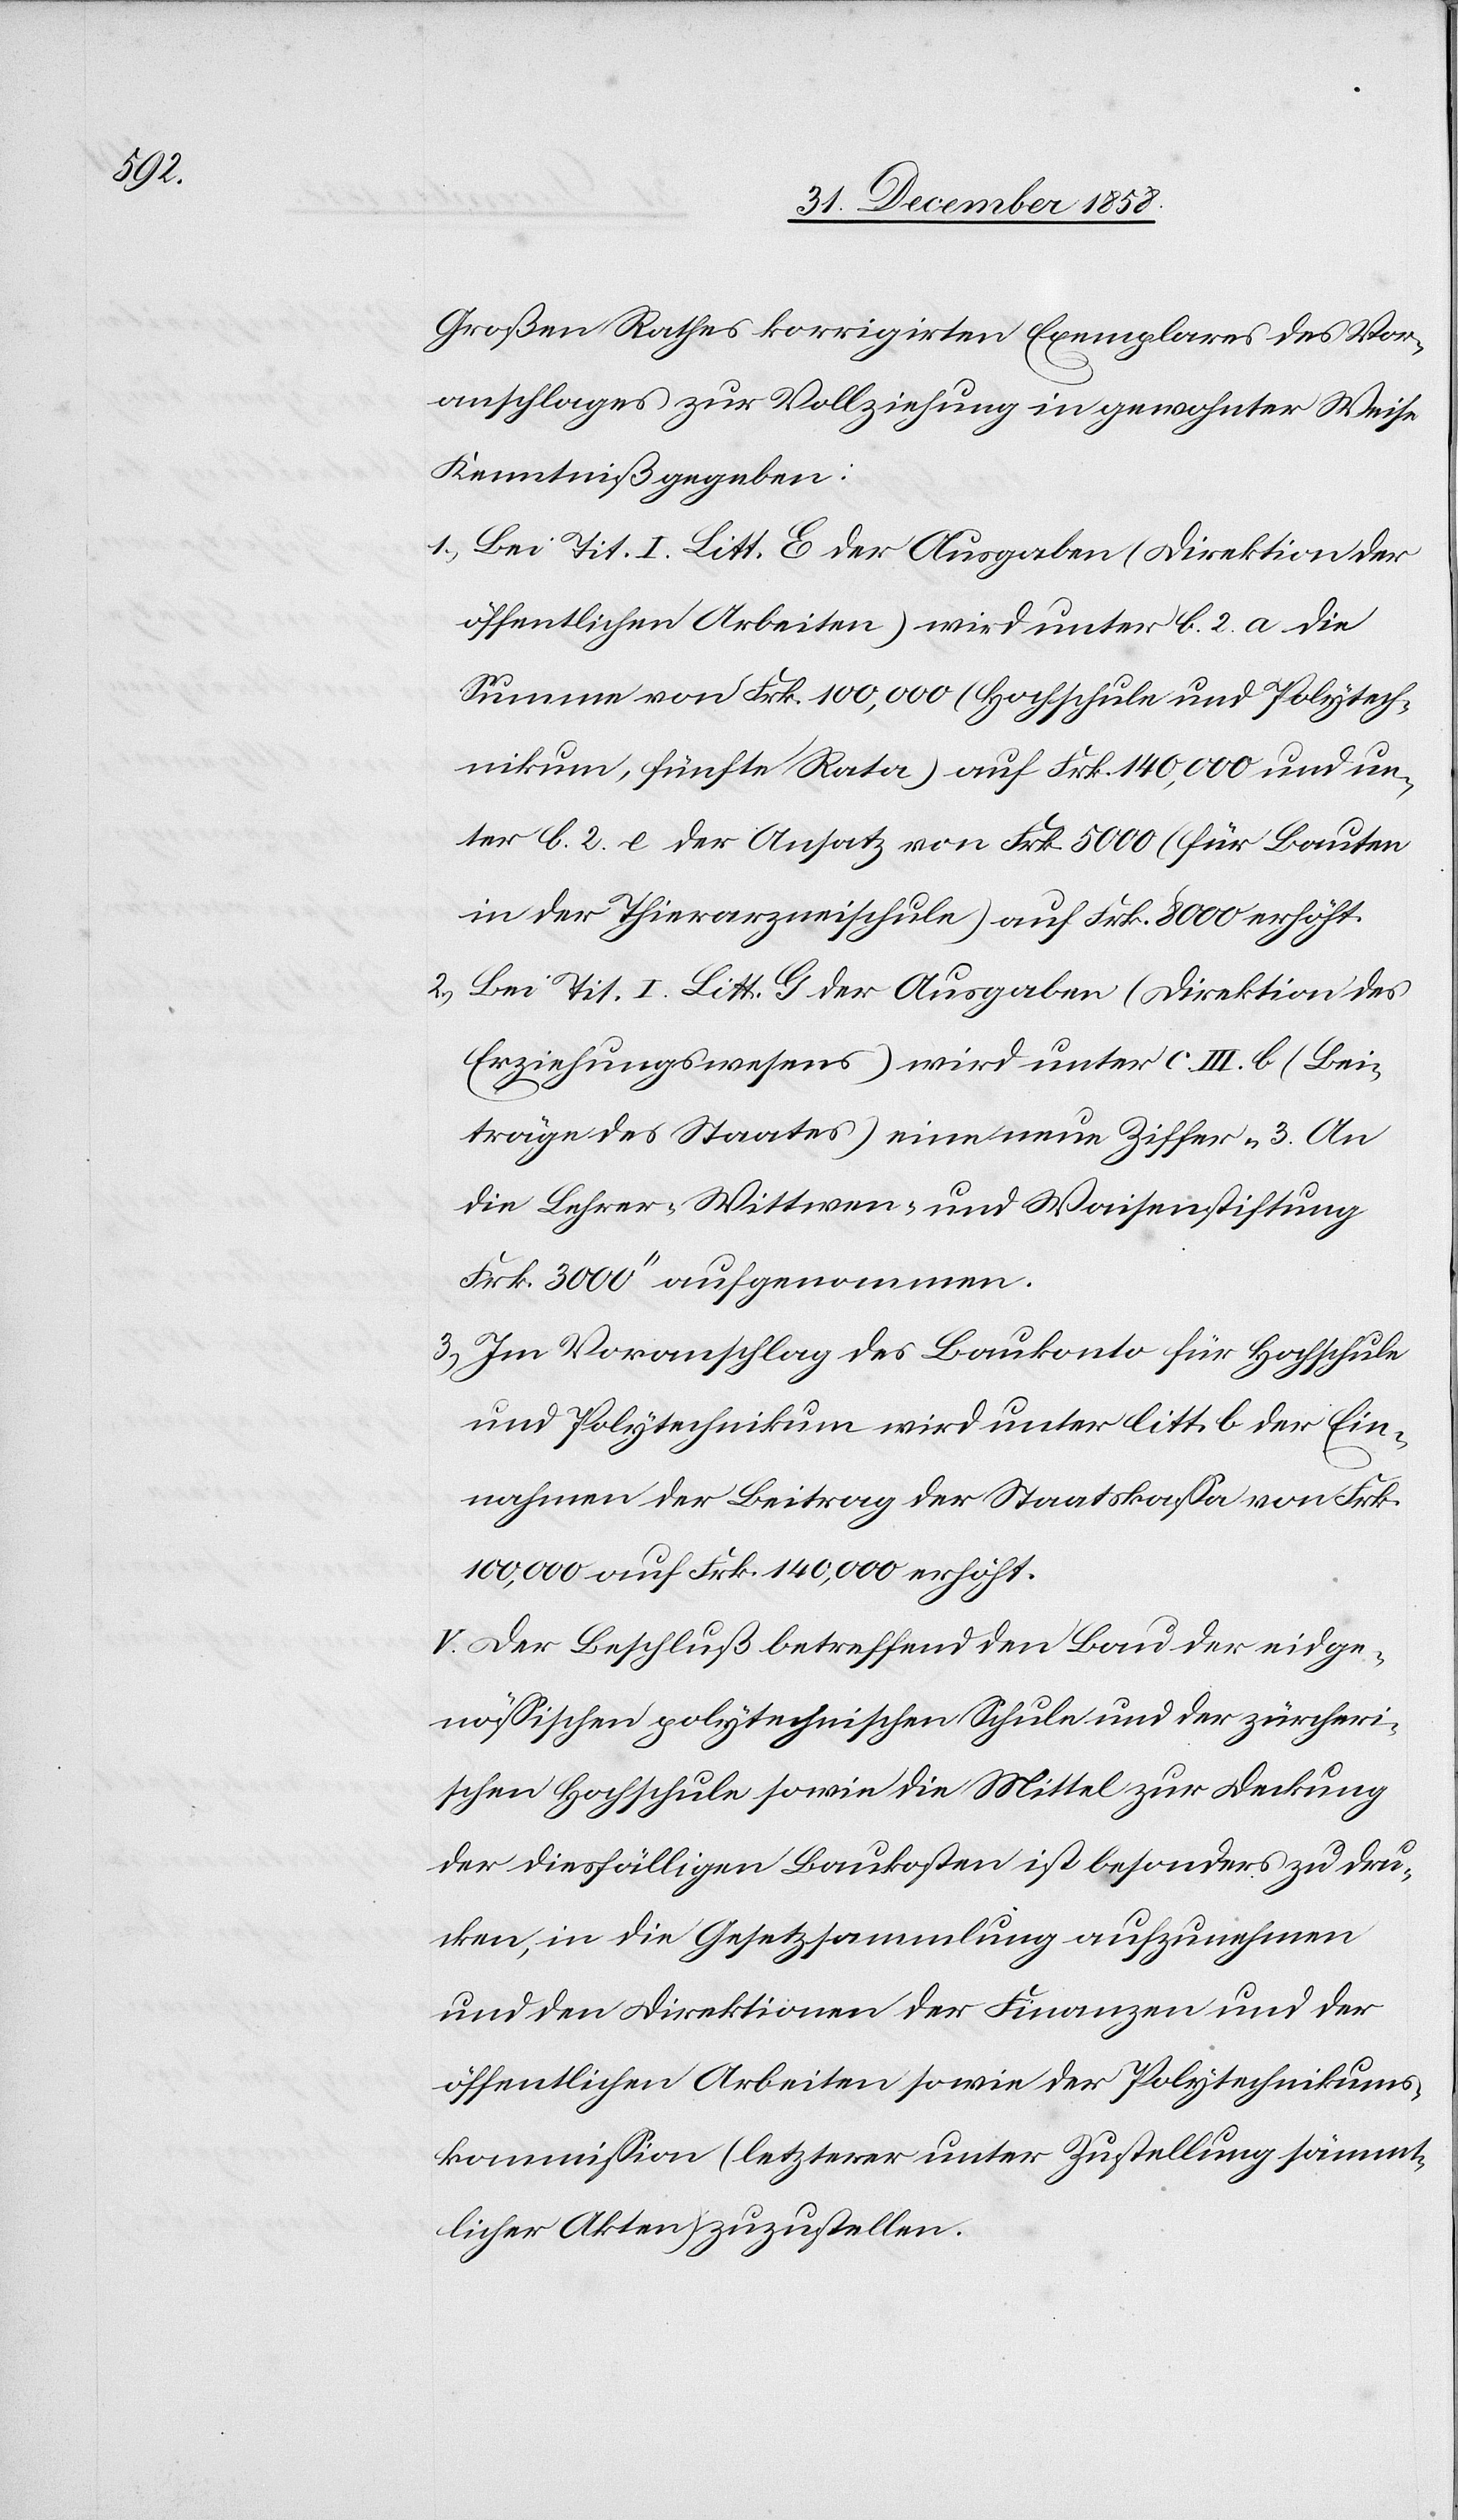
Großen Rathes korrigirten Exemplares des Vor¬
anschlages zur Vollziehung in gewohnter Weise
Kenntniß gegeben:
Bei Tit. I. Litt. E der Ausgaben (Direktion der
öffentlichen Arbeiten) wird unter b. 2. a die
Summe von Frk. 100,000 (Hochschule und Polytech¬
nikum, fünfte Rata) auf Frk. 140,000 und un¬
ter b. 2. e der Ansatz von Frk. 5000 (für Bauten
in der Thierarzneischule) auf Frk. 8000 erhöht.
Bei Tit. I. Litt. G der Ausgaben (Direktion des
Erziehungswesens) wird unter c. III. b (Bei¬
träge des Staates) eine neue Ziffer „3. An
die Lehrer-[,] Wittwen- und Waisenstiftung
Frk. 3000“ aufgenommen.
Im Voranschlag des Baukonto für Hochschule
und Polytechnikum wird unter litt. b der Ein¬
nahmen der Beitrag der Staatskassa von Frk.
100,000 auf Frk. 140,000 erhöht.
V. Der Beschluß betreffend den Bau der eidge¬
nössischen polytechnischen Schule und der zürcheri¬
schen Hochschule sowie die Mittel zur Deckung
der diesfälligen Baukosten ist besonders zu dru¬
cken, in die Gesetzsammlung aufzunehmen
und den Direktionen der Finanzen und der
öffentlichen Arbeiten sowie der Polytechnikums¬
kommission (letzterer unter Zustellung sämmt¬
licher Akten) zuzustellen.